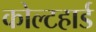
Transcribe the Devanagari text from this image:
कोल्टहार्ड